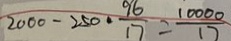
2 0 0 0 - 2 5 0 \cdot \frac { 9 6 } { 1 7 } = \frac { 1 0 0 0 0 } { 1 7 }